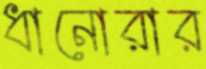
ধানোরার